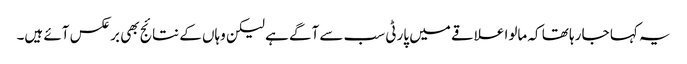
یہ کہا جا رہا تھا کہ مالوا علاقے میں پارٹی سب سے آگے ہے لیکن وہاں کے نتائج بھی برعکس آئے ہیں۔